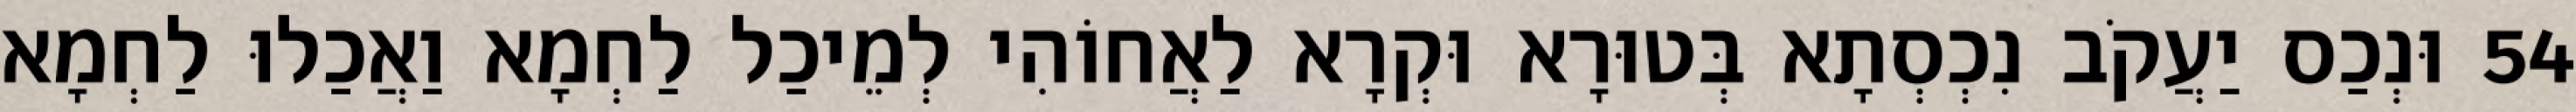
54 וּנְכַס יַעֲקֹב נִכְסְתָא בְּטוּרָא וּקְרָא לַאֲחוֹהִי לְמֵיכַל לַחְמָא וַאֲכַלוּ לַחְמָא